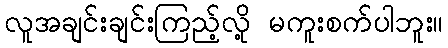
လူအချင်းချင်းကြည့်လို့ မကူးစက်ပါဘူး။